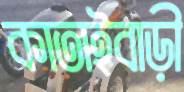
কাতাইবাড়ী